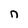
Character: n